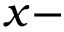
x -